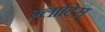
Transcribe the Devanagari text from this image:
ग्लाटिस